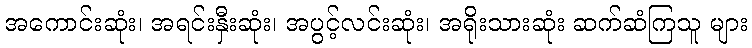
အကောင်းဆုံး၊ အရင်းနှီးဆုံး၊ အပွင့်လင်းဆုံး၊ အရိုးသားဆုံး ဆက်ဆံကြသူ များ